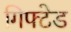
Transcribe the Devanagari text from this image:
गिफ्टेड